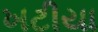
ખટીયા